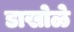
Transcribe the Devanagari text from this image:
डाखोळे